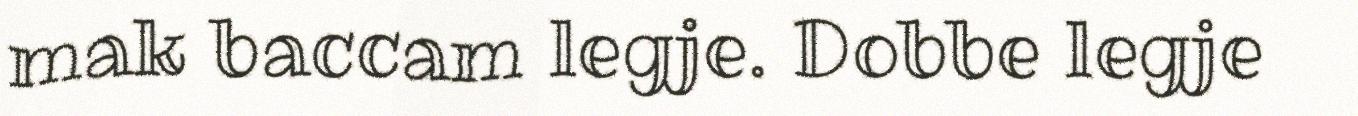
mak baccam legje. Dobbe legje